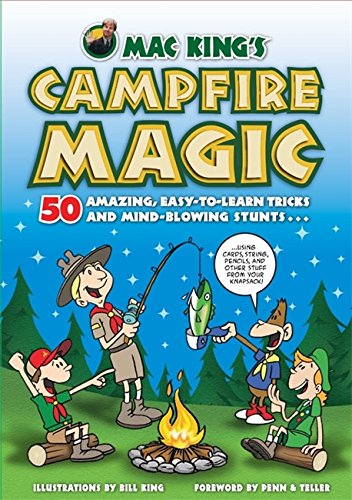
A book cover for Mac King's Campfire Magic: 50 Amazing, Easy-to-Learn Tricks and Mind-Blowing Stunts Using Cards, String, Pencils, and Other Stuff from Your Knapsack; Mac King; Children's Books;